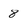
Character: 8